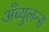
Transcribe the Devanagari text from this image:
अँब्युलन्स